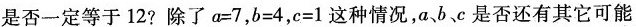
是否一定等于12?除了$$a=7$$，$$b=4$$，$$c=1$$这种情况，a、b、c是否还有其它可能